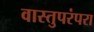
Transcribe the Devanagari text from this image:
वास्तुपरंपरा